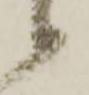
候